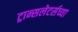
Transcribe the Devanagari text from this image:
ट्रान्सलेटर्सच्या